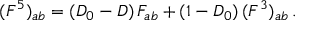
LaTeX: ( { \cal F } ^ { 5 } ) _ { a b } = ( { \cal D } _ { 0 } - { \cal D } ) \, { \cal F } _ { a b } + ( 1 - { \cal D } _ { 0 } ) \, ( { \cal F } ^ { 3 } ) _ { a b } \, .